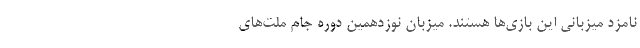
نامزد میزبانی این بازی‌ها هستند. میزبان نوزدهمین دوره جام ملت‌های